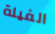
الفيلة